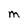
Character: M